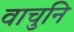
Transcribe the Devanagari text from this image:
वाचुनि